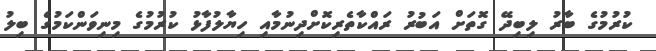
ކުރުމުގެ ބާރު ލިބިދޭ ގޮތަށް އަބުރު ރައްކާތެރިކޮށްދިނުމާއި ހިޔާލުފާޅު ކުރުމުގެ މިނިވަންކަމުގެ ބިލު